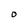
Character: O